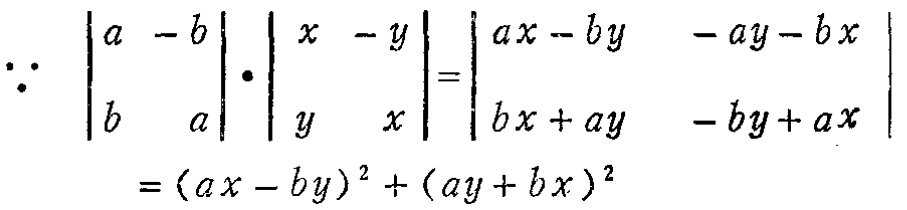
\[\because \begin{vmatrix}

a& -b\\

b& a

\end{vmatrix}\cdot\begin{vmatrix}

x& -y\\

y& x

\end{vmatrix}=

\begin{vmatrix}

ax - by& -ay - bx\\

bx + ay& -by + ax

\end{vmatrix}=(ax - by)^2+(ay + bx)^2\]